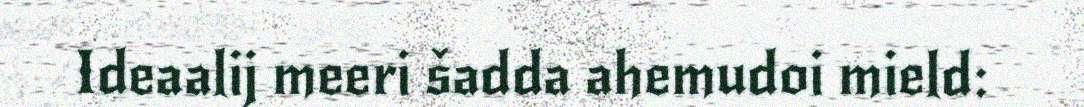
Ideaalij meeri šadda ahemudoi mield: